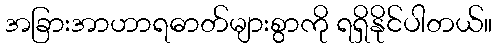
အခြားအာဟာရဓာတ်များစွာကို ရရှိနိုင်ပါတယ်။